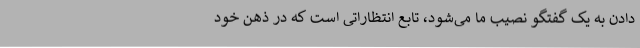
دادن به یک گفتگو نصیب ما می‌شود، تابع انتظاراتی است که در ذهن خود